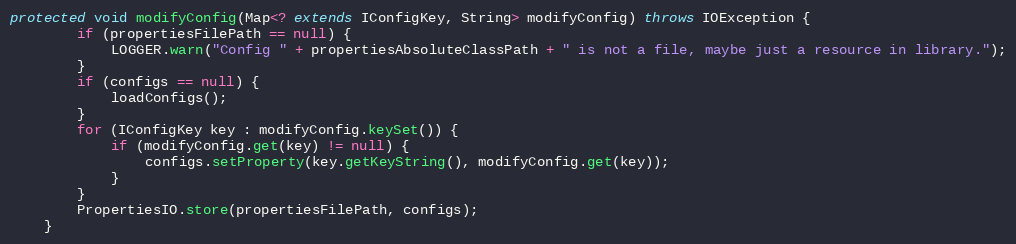
Language: Java
protected void modifyConfig(Map<? extends IConfigKey, String> modifyConfig) throws IOException {
        if (propertiesFilePath == null) {
            LOGGER.warn("Config " + propertiesAbsoluteClassPath + " is not a file, maybe just a resource in library.");
        }
        if (configs == null) {
            loadConfigs();
        }
        for (IConfigKey key : modifyConfig.keySet()) {
            if (modifyConfig.get(key) != null) {
                configs.setProperty(key.getKeyString(), modifyConfig.get(key));
            }
        }
        PropertiesIO.store(propertiesFilePath, configs);
    }